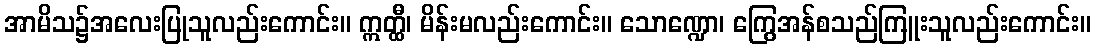
အာမိသ၌အလေးပြုသူလည်းကောင်း။ ဣတ္ထီ၊ မိန်းမလည်းကောင်း။ သောဏ္ဍော၊ ကြွေအန်စသည်ကြူးသူလည်းကောင်း။